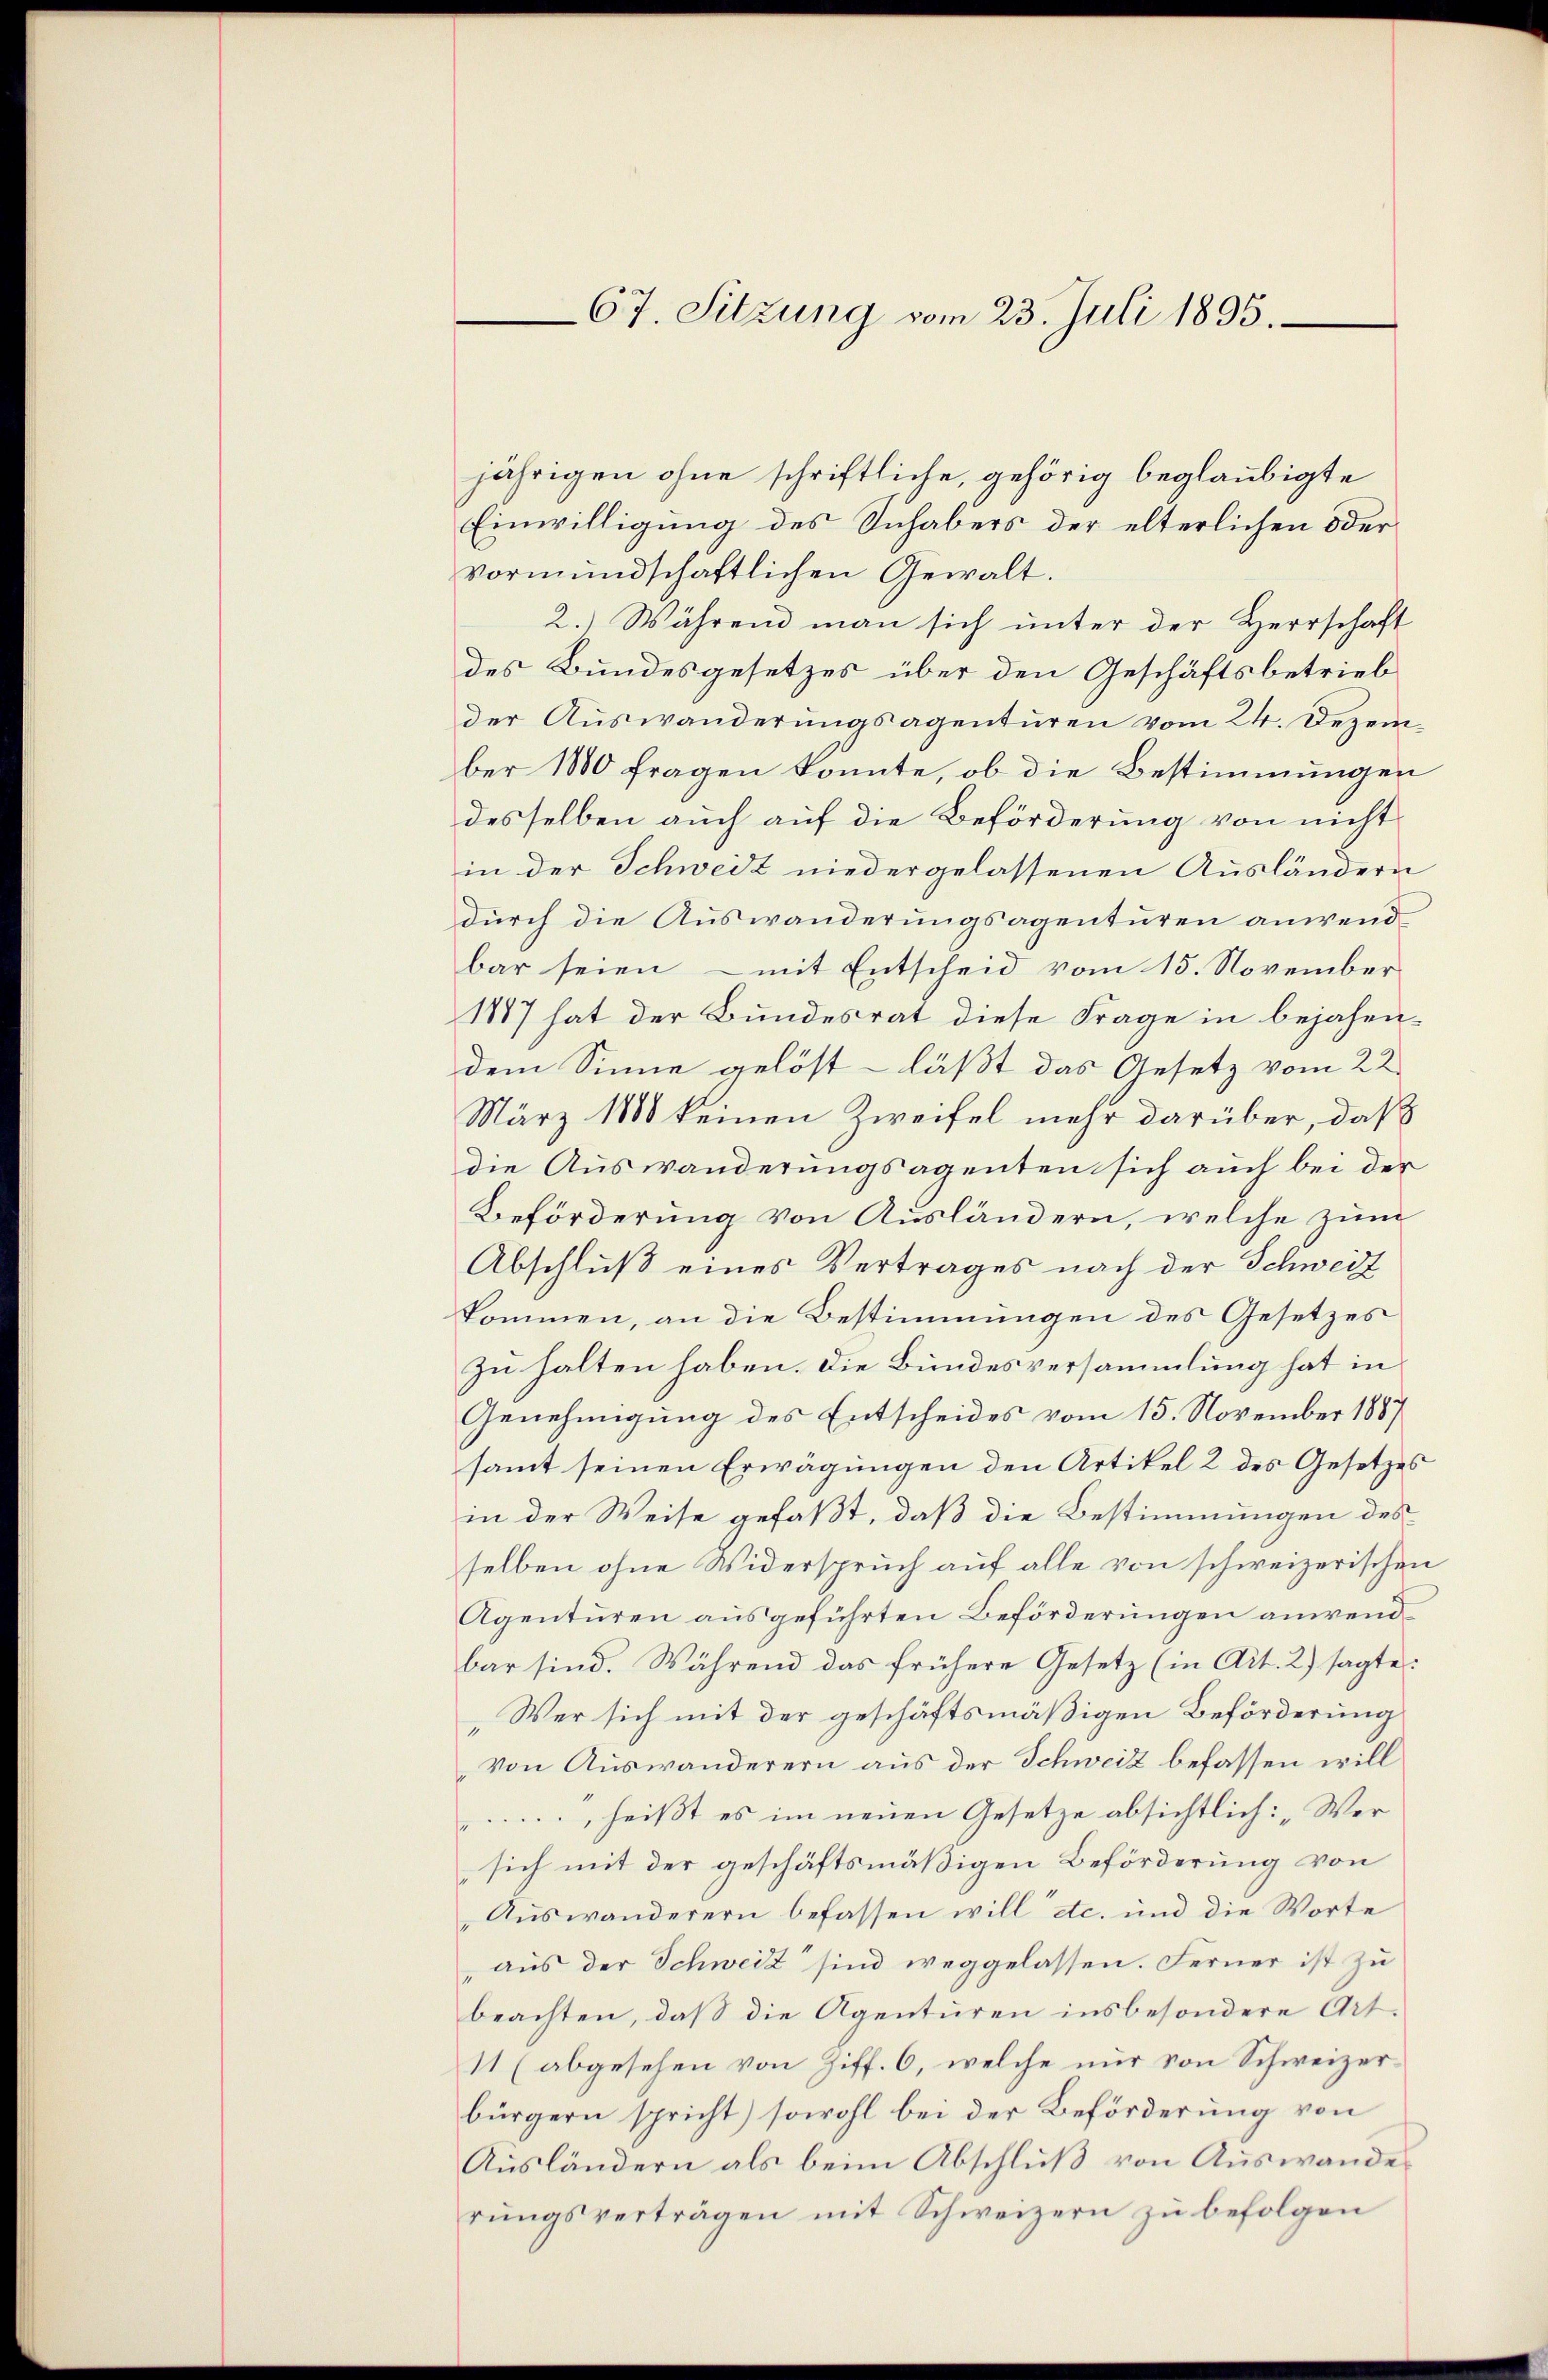
67. Sitzung vom 23. Juli 1895.

jährigen ohne schriftliche, gehörig beglaubigte
Einwilligung des Inhabers der elterlichen oder
vormundschaftlichen Gewalt.
2.) Während man sich unter der Herrschaft
des Bundesgesetzes über den Geschäftsbetrieb
der Auswanderungsagenturen vom 24. Dezember 1800 fragen konnte, ob die Bestimmungen
desselben auch auf die Beförderung von nicht
in der Schweiz niedergelassenen Ausländern
durch die Auswanderungsagenturen anwend
bar seien - mit Entscheid vom 15. November
1887 hat der Bundesrat diese Frage in bejahendem Sinne gelöst - läßt das Gesetz vom 22.
März 1888 keinen Zweifel mehr darüber, daß
die Auswanderungsagenten sich auch bei der
Beförderung von Ausländern, welche zum
Abschluß eines Vertrages nach der Schweiz
kommen, an die Bestimmungen des Gesetzes
zu halten haben. Die Bundesversammlung hat in
Genehmigung des Entscheides vom 15. November 1887
samt seinen Erwägungen den Artikel 2 des Gesetzes
in der Weise gefaßt, daß die Bestimmungen des
selben ohne Widerspruch auf alle von schweizerischen
Agenturen ausgeführten Beförderungen anwend
bar sind. Während das frühere Gesetz (in Art. 2) sagte:
Wer sich mit der geschäftsmäßigen Beförderung
von Auswanderern aus der Schweiz befassen will
heißt es im neuen Gesetze absichtlich: „Wer
sich mit der geschäftsmäßigen Beförderung von
Auswanderern befassen will etc. und die Worte
aus der Schweiz sind weggelassen. Ferner ist zu
beachten, daß die Agenturen insbesondere Art.
11 (abgesehen von Ziff. 6, welche nur von Schweizerbürgern spricht) sowohl bei der Beförderung von
Ausländern als beim Abschluß von Auswande
rŭngsverträgen mit Schweizern zŭ befolgen